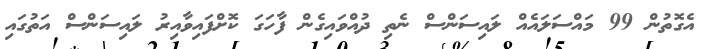
އެގޮތުން 99 މައްސަލައެއް ލައިސަންސް ނެތި ދުއްވައިގެން ފާހަގަ ކޮށްފައިވާއިރު ލައިސަންސް އަތުގައި